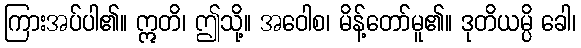
ကြားအပ်ပါ၏။ ဣတိ၊ ဤသို့။ အဝေါစ၊ မိန့်တော်မူ၏။ ဒုတိယမ္ပိ ခေါ၊